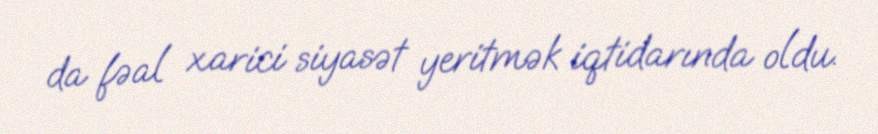
da fəal xarici siyasət yeritmək iqtidarında oldu.